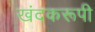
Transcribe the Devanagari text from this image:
खंदकरूपी